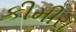
કીમીરા